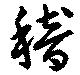
稽